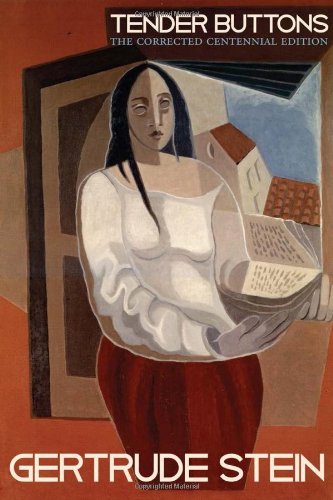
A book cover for Tender Buttons: The Corrected Centennial Edition; Gertrude Stein; Gay & Lesbian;